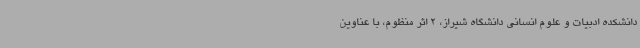
دانشکده ادبیات و علوم انسانی دانشگاه شیراز، 2 اثر منظوم، با عناوین